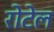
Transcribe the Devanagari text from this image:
रोटेल